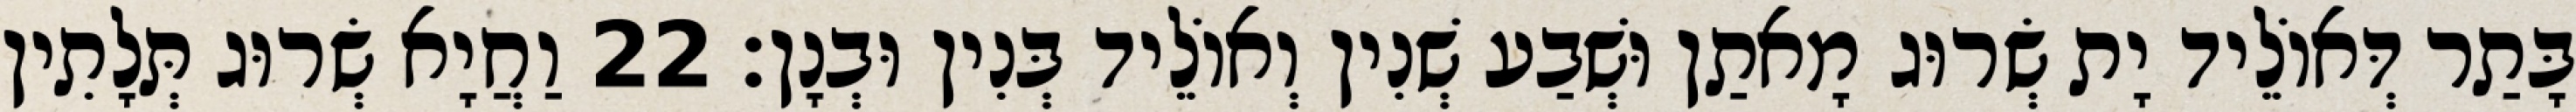
בָּתַר דְּאוֹלֵיד יָת שְׂרוּג מָאתַן וּשְׁבַע שְׁנִין וְאוֹלֵיד בְּנִין וּבְנָן׃ 22 וַחֲיָא שְׂרוּג תְּלָתִין